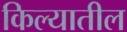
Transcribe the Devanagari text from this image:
किल्यातील